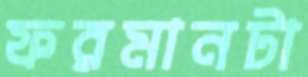
ফরমানটা